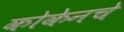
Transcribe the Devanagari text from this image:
कोकेनचे